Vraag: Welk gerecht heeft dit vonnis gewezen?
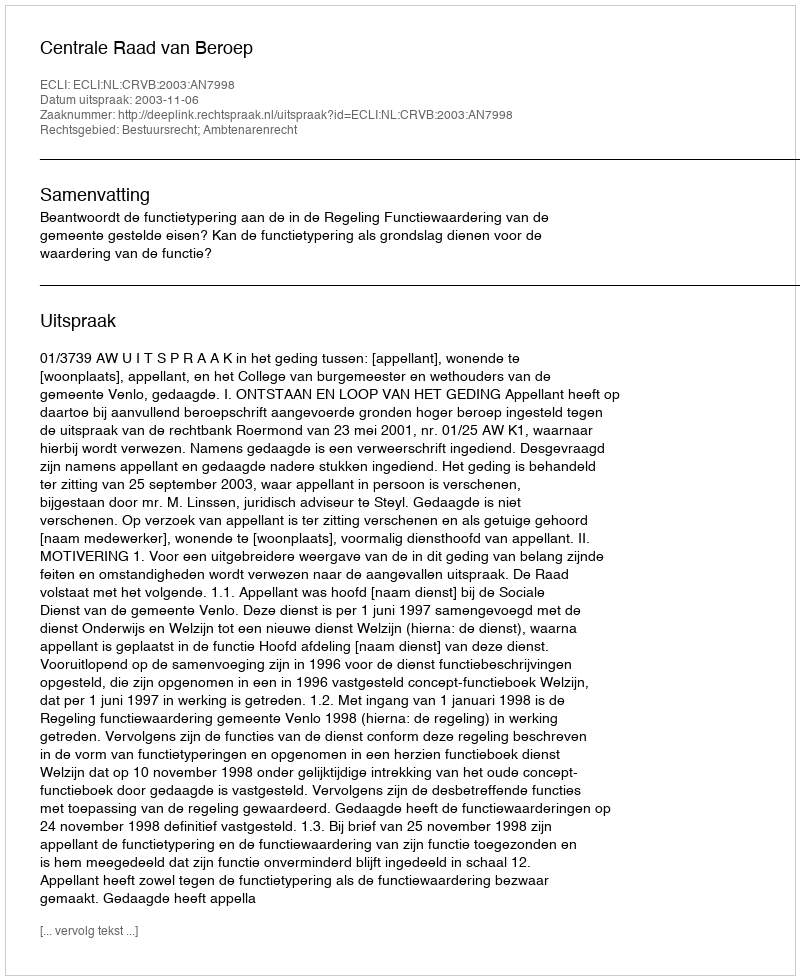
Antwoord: Centrale Raad van Beroep